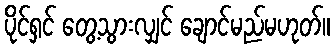
ပိုင်ရှင် တွေ့သွားလျှင် ချောင်မည်မဟုတ်။